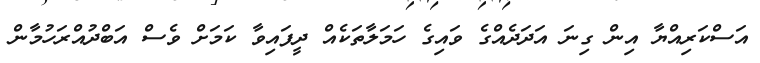
އަސްކަރިއްޔާ އިން ގިނަ އަދަދެއްގެ ވައިގެ ހަމަލާތަކެއް ދީފައިވާ ކަމަށް ވެސް އަބްދުއްރަހުމާން